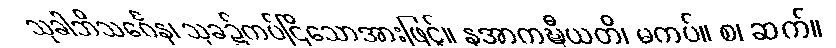
သုခါဘိသင်္ဂေန၊ သုခ၌ကပ်ငြိသောအားဖြင့်။ နအာကဍ္ဎီယတိ၊ မကပ်။ စ၊ ဆက်။